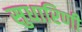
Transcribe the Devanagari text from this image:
सुधारिणी